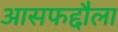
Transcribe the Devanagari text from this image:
आसफद्दौला